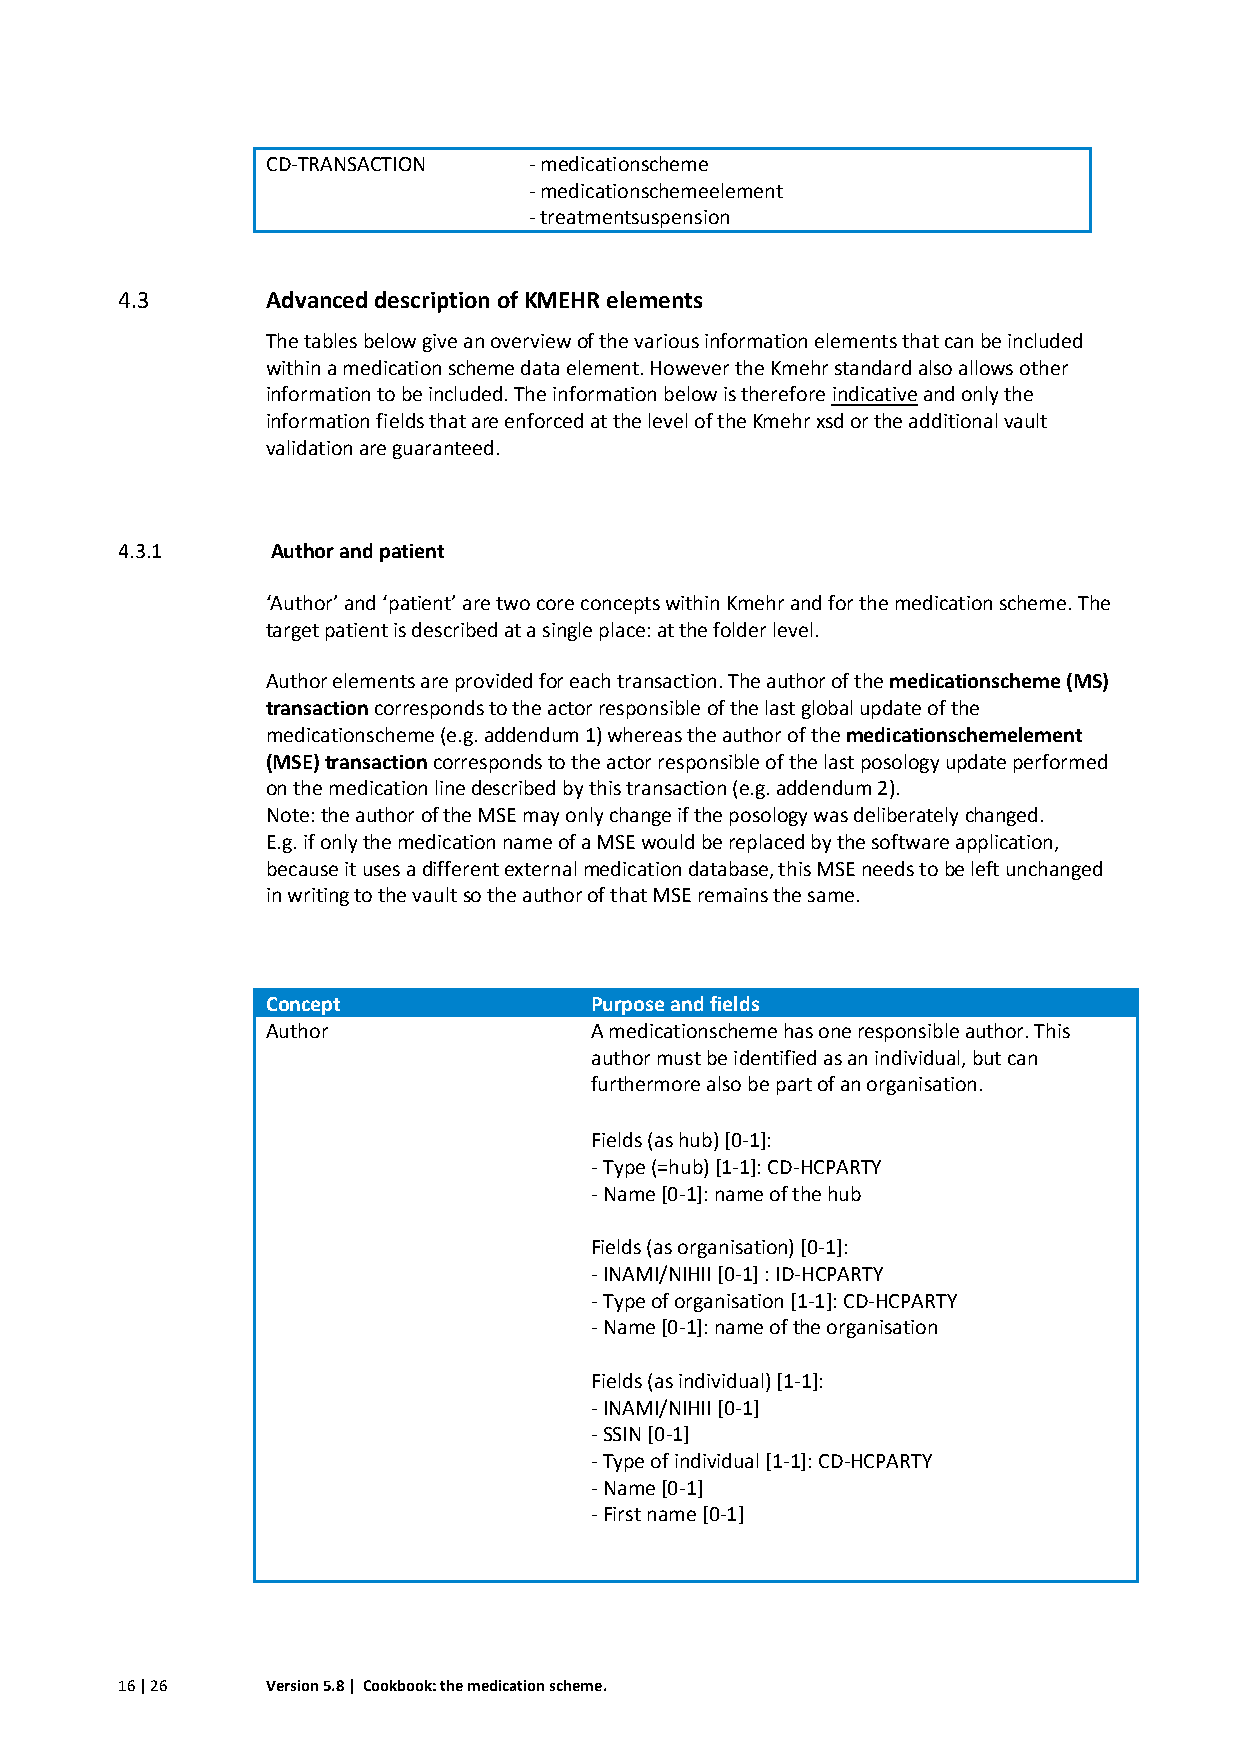
CD-TRANSACTION   - medicationscheme
 - medicationschemeelement
 - treatmentsuspension
 4.3       Advanced description of KMEHR elements
 The tables below give an overview of the various information elements that can be included
 within a medication scheme data element. However the Kmehr standard also allows other
 information to be included. The information below is therefore indicative and only the
 information fields that are enforced at the level of the Kmehr xsd or the additional vault
 validation are guaranteed.
 4.3.1     Author and patient
 ‘Author’ and ‘patient’ are two core concepts within Kmehr and for the medication scheme. The
 target patient is described at a single place: at the folder level.
 Author elements are provided for each transaction. The author of the medicationscheme (MS)
 transaction corresponds to the actor responsible of the last global update of the
 medicationscheme (e.g. addendum 1) whereas the author of the medicationschemelement
 (MSE) transaction corresponds to the actor responsible of the last posology update performed
 on the medication line described by this transaction (e.g. addendum 2).
 Note: the author of the MSE may only change if the posology was deliberately changed.
 E.g. if only the medication name of a MSE would be replaced by the software application,
 because it uses a different external medication database, this MSE needs to be left unchanged
 in writing to the vault so the author of that MSE remains the same.
 Concept              Purpose and fields
 Author               A medicationscheme has one responsible author. This
 author must be identified as an individual, but can
 furthermore also be part of an organisation.
 Fields (as hub) [0-1]:
 - Type (=hub) [1-1]: CD-HCPARTY
 - Name [0-1]: name of the hub
 Fields (as organisation) [0-1]:
 - INAMI/NIHII [0-1] : ID-HCPARTY
 - Type of organisation [1-1]: CD-HCPARTY
 - Name [0-1]: name of the organisation
 Fields (as individual) [1-1]:
 - INAMI/NIHII [0-1]
 - SSIN [0-1]
 - Type of individual [1-1]: CD-HCPARTY
 - Name [0-1]
 - First name [0-1]
 16 | 26   Version 5.8 | Cookbook: the medication scheme.